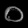
Digit: ၀